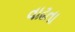
વાઢતા